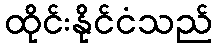
ထိုင်းနိုင်ငံသည်